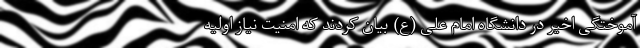
آموختگی اخیر در دانشگاه امام علی (ع) بیان کردند که امنیت نیاز اولیه